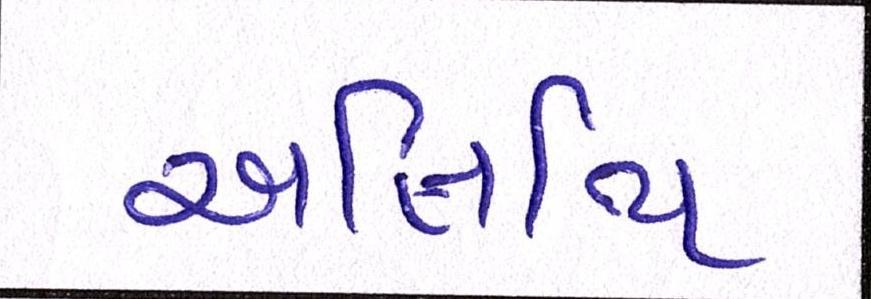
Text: અતિથિ